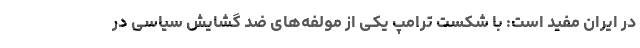
در ایران مفید است: با شکست ترامپ یکی از مولفه‌های ضد گشایش سیاسی در